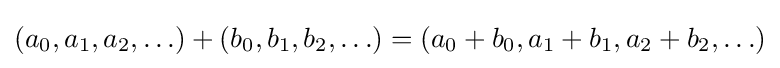
(a_{0},a_{1},a_{2},\ldots )+(b_{0},b_{1},b_{2},\ldots )=(a_{0}+b_{0},a_{1}+b_{1},a_{2}+b_{2},\ldots )